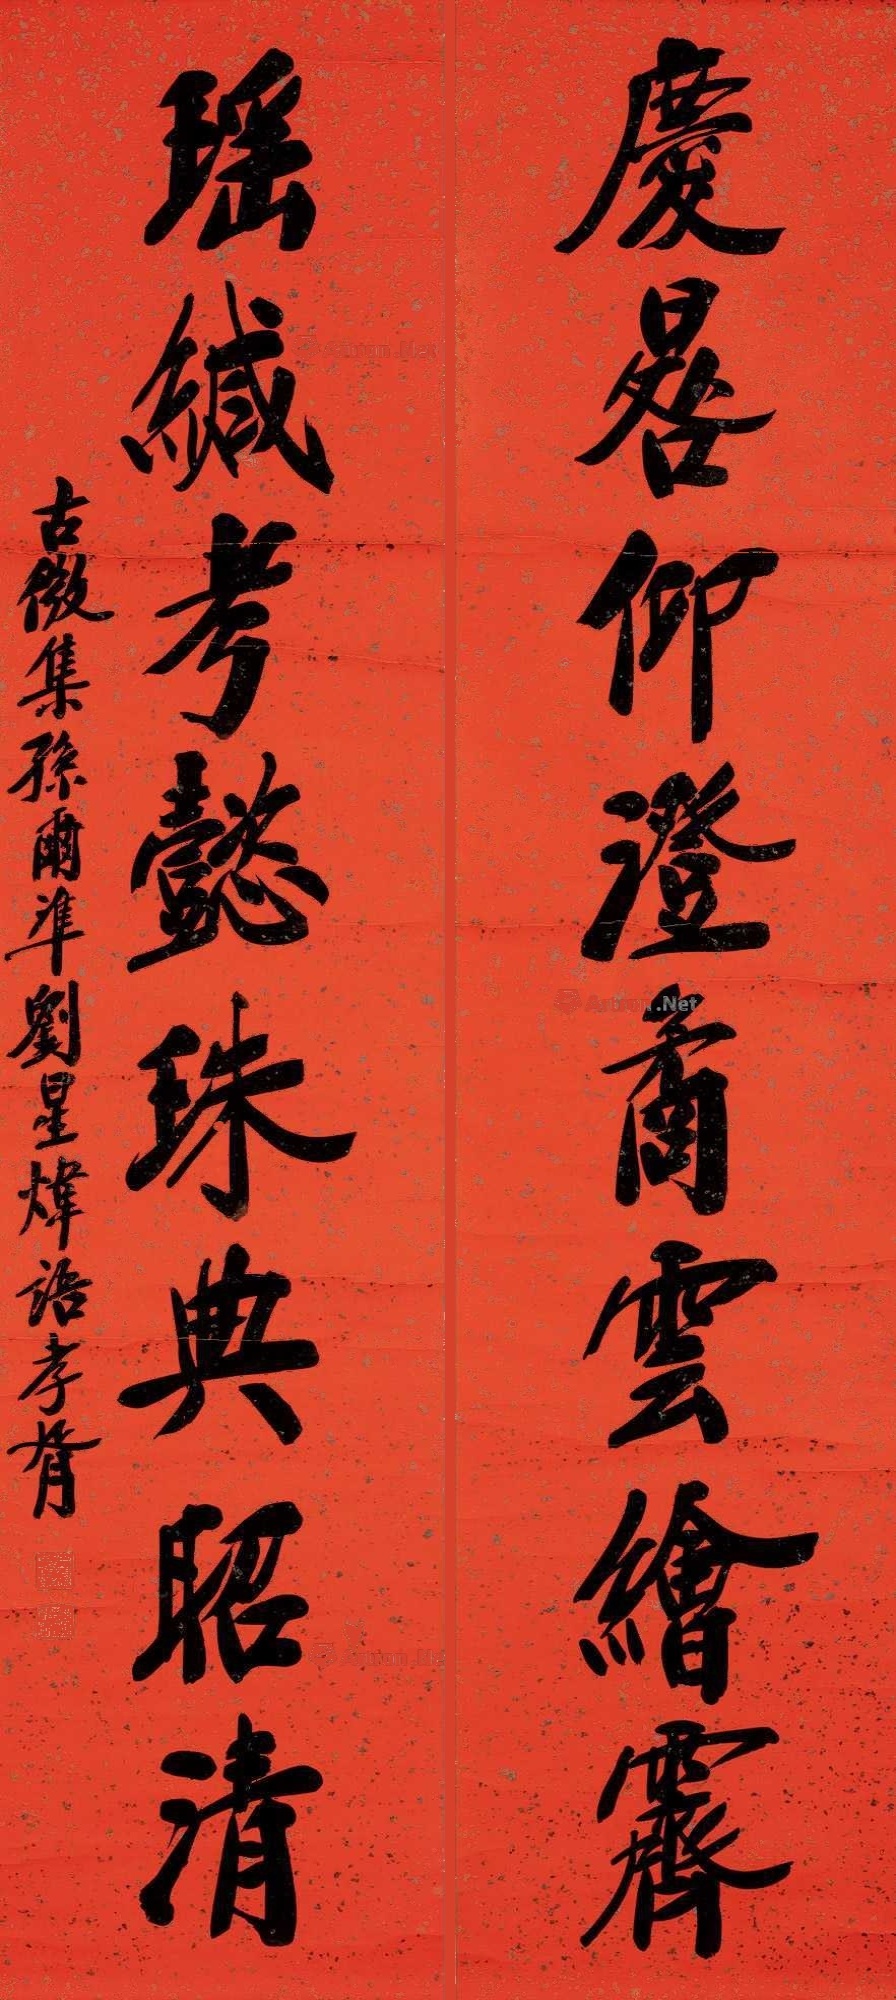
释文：庆晷仰澄，矞云绘霁；瑶缄考懿，珠典昭清。古微集孙尔凖、刘星炜语，孝胥。